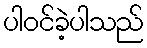
ပါဝင်ခဲ့ပါသည်